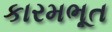
કારમભૂત